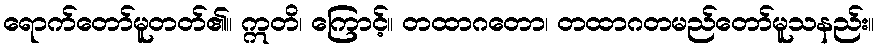
ရောက်တော်မူတတ်၏။ ဣတိ၊ ကြောင့်။ တထာဂတော၊ တထာဂတမည်တော်မူသနည်း။